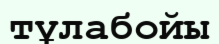
тұлабойы